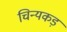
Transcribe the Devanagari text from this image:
चिन्यकड़